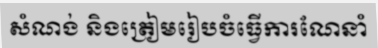
សំណង់ និងត្រៀមរៀបចំធ្វើការណែនាំ